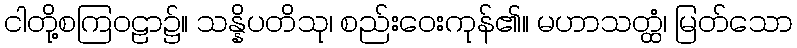
ငါတို့စကြဝဠာ၌။ သန္နိပတိသု၊ စည်းဝေးကုန်၏။ မဟာသတ္ထံ၊ မြတ်သော